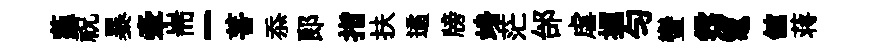
薤祝暴牽耑-菩忝郎指扶遹牓竧茫邰虐掘勻蠻霑竈舘蒋